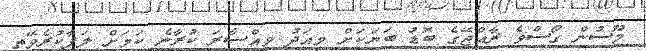
މޫސުން ގޯސްވެ ރާއްޖޭގެ ބޮޑު ބަޔަކަށް މިއަދު ވިއްސާރަ ކުރާނެ ކަމަށް ލަފާކުރެވޭތީ